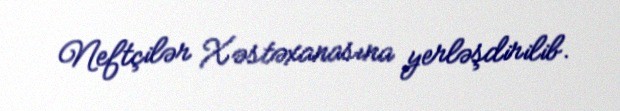
Neftçilər Xəstəxanasına yerləşdirilib.